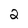
Character: 2